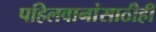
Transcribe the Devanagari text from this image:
पहिलवानांसाठीही